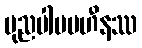
ပုညပါပပဟီနဿ